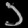
Digit: ၁